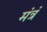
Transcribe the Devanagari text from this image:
मंत्रं